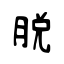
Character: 脫